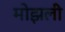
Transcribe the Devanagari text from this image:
मोझली